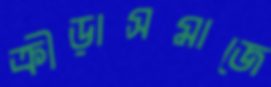
ক্রীড়াসমাজে